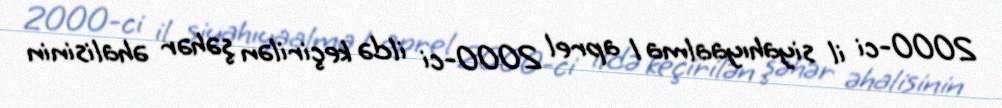
2000-ci il siyahıyaalma 1 aprel 2000-ci ildə keçirilən şəhər əhalisinin